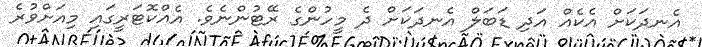
އެނދަކަށް އެކެއް އަދި ޑަބަލް އެނދަކަށް ދެ މީހުންގެ ރޭޓުންނެވެ. އެއްކޮޓަރީގައި މިއަށްވުރެ